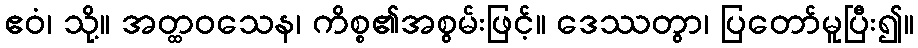
ဧဝံ၊ သို့။ အတ္ထဝသေန၊ ကိစ္စ၏အစွမ်းဖြင့်။ ဒေဿတွာ၊ ပြတော်မူပြီး၍။